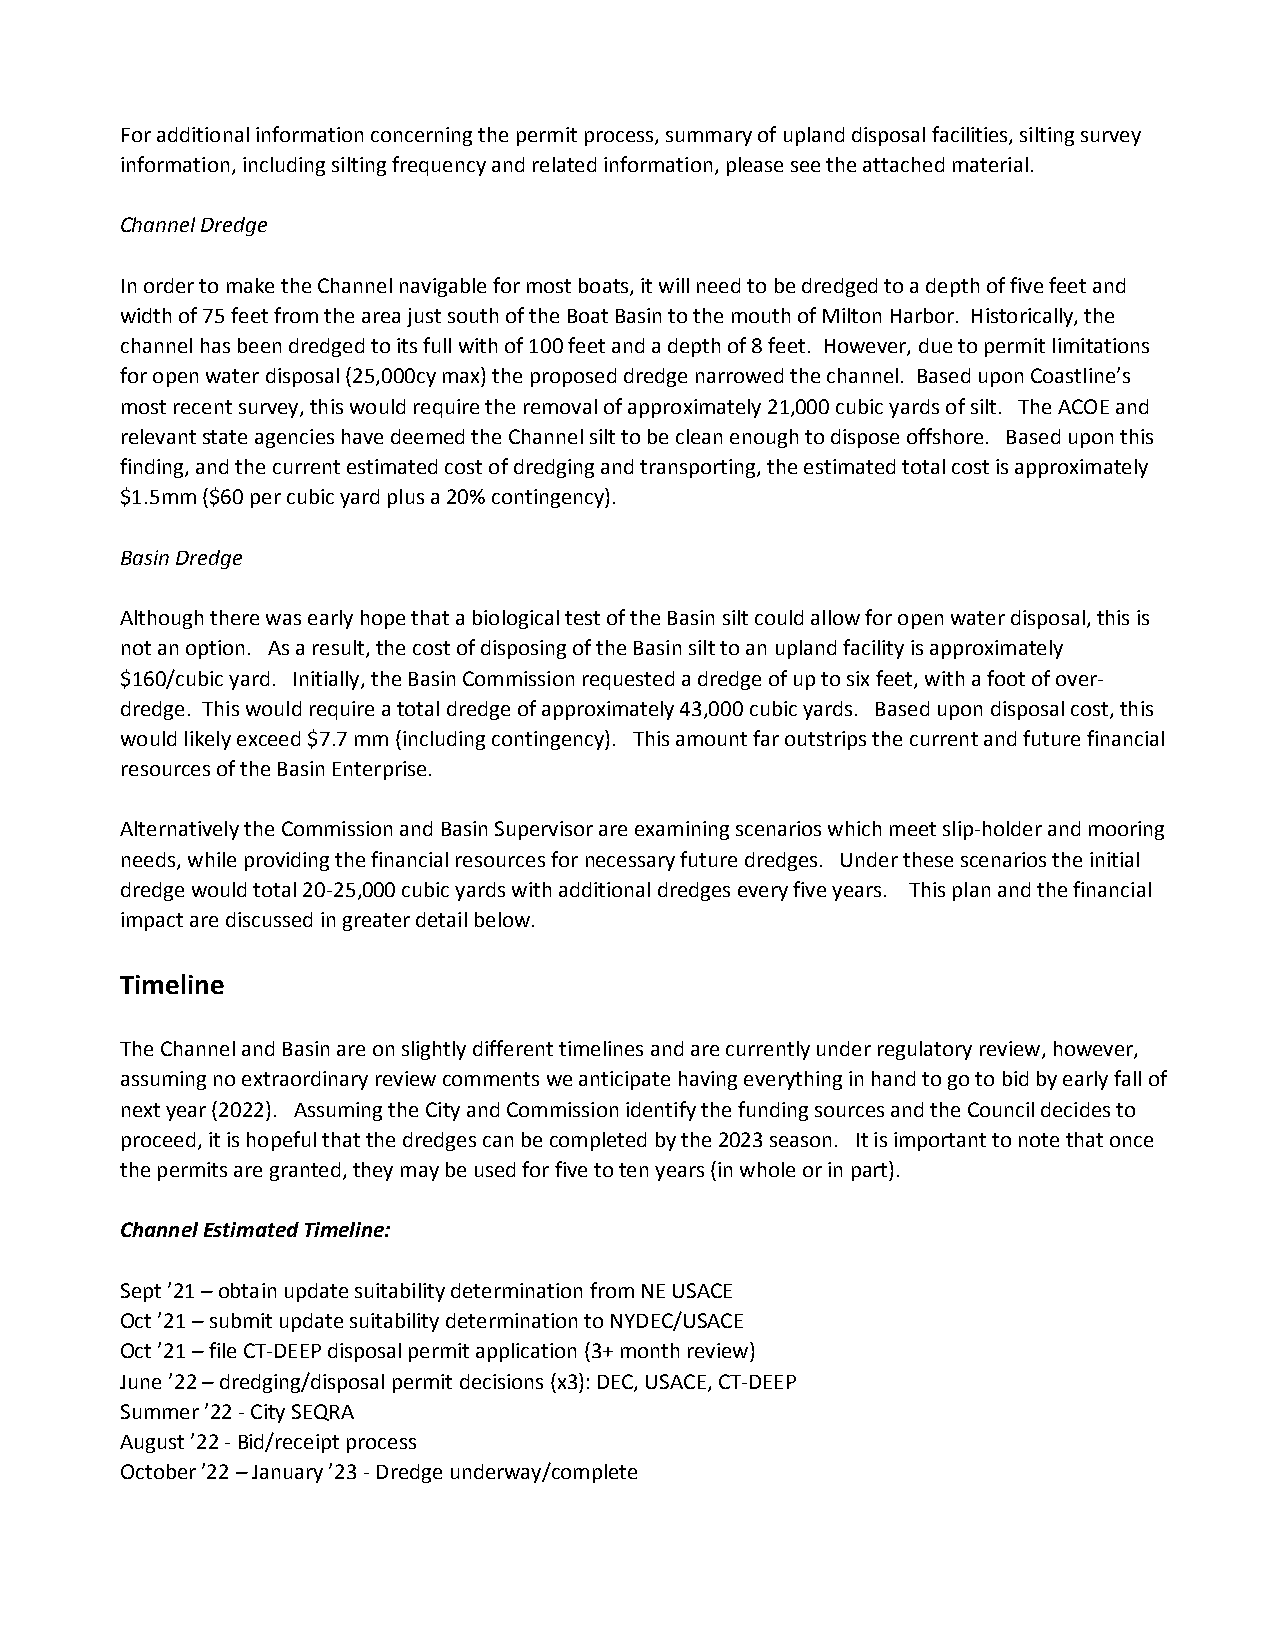
For additional information concerning the permit process, summary of upland disposal facilities, silting survey
 information, including silting frequency and related information, please see the attached material.
 Channel Dredge
 In order to make the Channel navigable for most boats, it will need to be dredged to a depth of five feet and
 width of 75 feet from the area just south of the Boat Basin to the mouth of Milton Harbor. Historically, the
 channel has been dredged to its full with of 100 feet and a depth of 8 feet. However, due to permit limitations
 for open water disposal (25,000cy max) the proposed dredge narrowed the channel. Based upon Coastline’s
 most recent survey, this would require the removal of approximately 21,000 cubic yards of silt. The ACOE and
 relevant state agencies have deemed the Channel silt to be clean enough to dispose offshore. Based upon this
 finding, and the current estimated cost of dredging and transporting, the estimated total cost is approximately
 $1.5mm ($60 per cubic yard plus a 20% contingency).
 Basin Dredge
 Although there was early hope that a biological test of the Basin silt could allow for open water disposal, this is
 not an option. As a result, the cost of disposing of the Basin silt to an upland facility is approximately
 $160/cubic yard. Initially, the Basin Commission requested a dredge of up to six feet, with a foot of over-
 dredge. This would require a total dredge of approximately 43,000 cubic yards. Based upon disposal cost, this
 would likely exceed $7.7 mm (including contingency). This amount far outstrips the current and future financial
 resources of the Basin Enterprise.
 Alternatively the Commission and Basin Supervisor are examining scenarios which meet slip-holder and mooring
 needs, while providing the financial resources for necessary future dredges. Under these scenarios the initial
 dredge would total 20-25,000 cubic yards with additional dredges every five years. This plan and the financial
 impact are discussed in greater detail below.
 Timeline
 The Channel and Basin are on slightly different timelines and are currently under regulatory review, however,
 assuming no extraordinary review comments we anticipate having everything in hand to go to bid by early fall of
 next year (2022). Assuming the City and Commission identify the funding sources and the Council decides to
 proceed, it is hopeful that the dredges can be completed by the 2023 season. It is important to note that once
 the permits are granted, they may be used for five to ten years (in whole or in part).
 Channel Estimated Timeline:
 Sept ’21 – obtain update suitability determination from NE USACE
 Oct ’21 – submit update suitability determination to NYDEC/USACE
 Oct ’21 – file CT-DEEP disposal permit application (3+ month review)
 June ’22 – dredging/disposal permit decisions (x3): DEC, USACE, CT-DEEP
 Summer ’22 - City SEQRA
 August ’22 - Bid/receipt process
 October ’22 – January ’23 - Dredge underway/complete